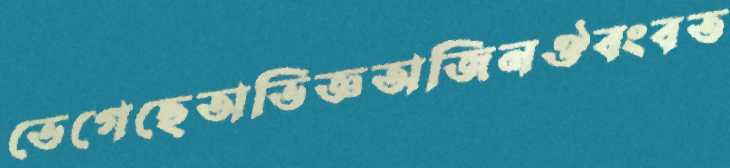
ভেগেছেঅভিজ্ঞঅজিনঔবংবত